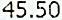
45.50